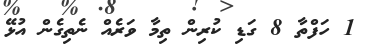
1 ހަފްތާ 8 ގަޑި ކުރިން ތިމާ ވަރެއް ނެތިގެން އުޅޭ